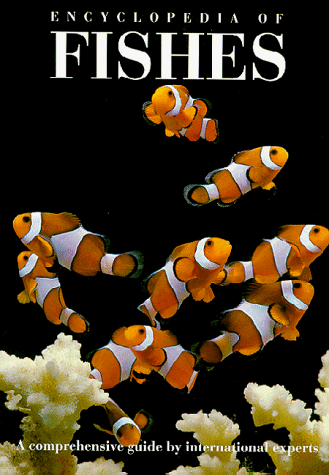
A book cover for Encyclopedia of Fishes (Natural World); Sports & Outdoors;